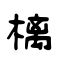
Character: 樆